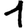
Digit: 1